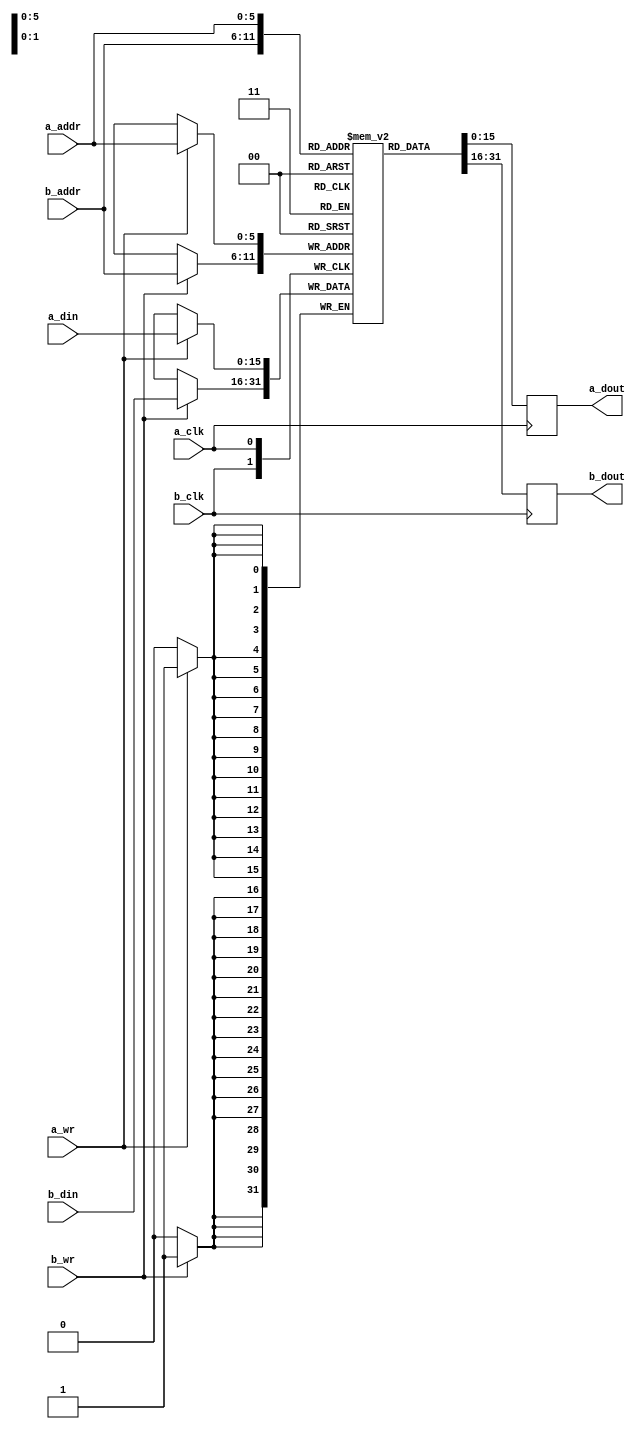
module tdp_ram_16_6
  (input  a_clk,
   input  a_wr,
   input  [5:0] a_addr,
   input  [15:0] a_din,
   input  b_clk,
   input  b_wr,
   input  [5:0] b_addr,
   input  [15:0] b_din,
   output [15:0] a_dout,
   output [15:0] b_dout);
  reg [15:0] n431_data; // mem_rd
  reg [15:0] n434_data; // mem_rd
  assign a_dout = n434_data;
  assign b_dout = n431_data;
  /* mem/tdp_ram.vhd:57:5  */
  reg [15:0] mem[63:0] ; // memory
  initial begin
    mem[63] = 16'b0000000000000000;
    mem[62] = 16'b0000000000000000;
    mem[61] = 16'b0000000000000000;
    mem[60] = 16'b0000000000000000;
    mem[59] = 16'b0000000000000000;
    mem[58] = 16'b0000000000000000;
    mem[57] = 16'b0000000000000000;
    mem[56] = 16'b0000000000000000;
    mem[55] = 16'b0000000000000000;
    mem[54] = 16'b0000000000000000;
    mem[53] = 16'b0000000000000000;
    mem[52] = 16'b0000000000000000;
    mem[51] = 16'b0000000000000000;
    mem[50] = 16'b0000000000000000;
    mem[49] = 16'b0000000000000000;
    mem[48] = 16'b0000000000000000;
    mem[47] = 16'b0000000000000000;
    mem[46] = 16'b0000000000000000;
    mem[45] = 16'b0000000000000000;
    mem[44] = 16'b0000000000000000;
    mem[43] = 16'b0000000000000000;
    mem[42] = 16'b0000000000000000;
    mem[41] = 16'b0000000000000000;
    mem[40] = 16'b0000000000000000;
    mem[39] = 16'b0000000000000000;
    mem[38] = 16'b0000000000000000;
    mem[37] = 16'b0000000000000000;
    mem[36] = 16'b0000000000000000;
    mem[35] = 16'b0000000000000000;
    mem[34] = 16'b0000000000000000;
    mem[33] = 16'b0000000000000000;
    mem[32] = 16'b0000000000000000;
    mem[31] = 16'b0000000000000000;
    mem[30] = 16'b0000000000000000;
    mem[29] = 16'b0000000000000000;
    mem[28] = 16'b0000000000000000;
    mem[27] = 16'b0000000000000000;
    mem[26] = 16'b0000000000000000;
    mem[25] = 16'b0000000000000000;
    mem[24] = 16'b0000000000000000;
    mem[23] = 16'b0000000000000000;
    mem[22] = 16'b0000000000000000;
    mem[21] = 16'b0000000000000000;
    mem[20] = 16'b0000000000000000;
    mem[19] = 16'b0000000000000000;
    mem[18] = 16'b0000000000000000;
    mem[17] = 16'b0000000000000000;
    mem[16] = 16'b0000000000000000;
    mem[15] = 16'b0000000000000000;
    mem[14] = 16'b0000000000000000;
    mem[13] = 16'b0000000000000000;
    mem[12] = 16'b0000000000000000;
    mem[11] = 16'b0000000000000000;
    mem[10] = 16'b0000000000000000;
    mem[9] = 16'b0000000000000000;
    mem[8] = 16'b0000000000000000;
    mem[7] = 16'b0000000000000000;
    mem[6] = 16'b0000000000000000;
    mem[5] = 16'b0000000000000000;
    mem[4] = 16'b0000000000000000;
    mem[3] = 16'b0000000000000000;
    mem[2] = 16'b0000000000000000;
    mem[1] = 16'b0000000000000000;
    mem[0] = 16'b0000000000000000;
    end
  always @(posedge b_clk)
    if (b_wr)
      mem[b_addr] <= b_din;
  always @(posedge b_clk)
    if (1'b1)
      n431_data <= mem[b_addr];
  always @(posedge a_clk)
    if (a_wr)
      mem[a_addr] <= a_din;
  always @(posedge a_clk)
    if (1'b1)
      n434_data <= mem[a_addr];
  /* mem/tdp_ram.vhd:104:17  */
  /* mem/tdp_ram.vhd:88:17  */
  /* mem/tdp_ram.vhd:103:9  */
endmodule

module tdp_ram_29_6
  (input  a_clk,
   input  a_wr,
   input  [5:0] a_addr,
   input  [28:0] a_din,
   input  b_clk,
   input  b_wr,
   input  [5:0] b_addr,
   input  [28:0] b_din,
   output [28:0] a_dout,
   output [28:0] b_dout);
  reg [28:0] n392_data; // mem_rd
  reg [28:0] n395_data; // mem_rd
  assign a_dout = n395_data;
  assign b_dout = n392_data;
  /* mem/tdp_ram.vhd:57:5  */
  reg [28:0] mem[63:0] ; // memory
  initial begin
    mem[63] = 29'b00000000000000000000000000000;
    mem[62] = 29'b00000000000000000000000000000;
    mem[61] = 29'b00000000000000000000000000000;
    mem[60] = 29'b00000000000000000000000000000;
    mem[59] = 29'b00000000000000000000000000000;
    mem[58] = 29'b00000000000000000000000000000;
    mem[57] = 29'b00000000000000000000000000000;
    mem[56] = 29'b00000000000000000000000000000;
    mem[55] = 29'b00000000000000000000000000000;
    mem[54] = 29'b00000000000000000000000000000;
    mem[53] = 29'b00000000000000000000000000000;
    mem[52] = 29'b00000000000000000000000000000;
    mem[51] = 29'b00000000000000000000000000000;
    mem[50] = 29'b00000000000000000000000000000;
    mem[49] = 29'b00000000000000000000000000000;
    mem[48] = 29'b00000000000000000000000000000;
    mem[47] = 29'b00000000000000000000000000000;
    mem[46] = 29'b00000000000000000000000000000;
    mem[45] = 29'b00000000000000000000000000000;
    mem[44] = 29'b00000000000000000000000000000;
    mem[43] = 29'b00000000000000000000000000000;
    mem[42] = 29'b00000000000000000000000000000;
    mem[41] = 29'b00000000000000000000000000000;
    mem[40] = 29'b00000000000000000000000000000;
    mem[39] = 29'b00000000000000000000000000000;
    mem[38] = 29'b00000000000000000000000000000;
    mem[37] = 29'b00000000000000000000000000000;
    mem[36] = 29'b00000000000000000000000000000;
    mem[35] = 29'b00000000000000000000000000000;
    mem[34] = 29'b00000000000000000000000000000;
    mem[33] = 29'b00000000000000000000000000000;
    mem[32] = 29'b00000000000000000000000000000;
    mem[31] = 29'b00000000000000000000000000000;
    mem[30] = 29'b00000000000000000000000000000;
    mem[29] = 29'b00000000000000000000000000000;
    mem[28] = 29'b00000000000000000000000000000;
    mem[27] = 29'b00000000000000000000000000000;
    mem[26] = 29'b00000000000000000000000000000;
    mem[25] = 29'b00000000000000000000000000000;
    mem[24] = 29'b00000000000000000000000000000;
    mem[23] = 29'b00000000000000000000000000000;
    mem[22] = 29'b00000000000000000000000000000;
    mem[21] = 29'b00000000000000000000000000000;
    mem[20] = 29'b00000000000000000000000000000;
    mem[19] = 29'b00000000000000000000000000000;
    mem[18] = 29'b00000000000000000000000000000;
    mem[17] = 29'b00000000000000000000000000000;
    mem[16] = 29'b00000000000000000000000000000;
    mem[15] = 29'b00000000000000000000000000000;
    mem[14] = 29'b00000000000000000000000000000;
    mem[13] = 29'b00000000000000000000000000000;
    mem[12] = 29'b00000000000000000000000000000;
    mem[11] = 29'b00000000000000000000000000000;
    mem[10] = 29'b00000000000000000000000000000;
    mem[9] = 29'b00000000000000000000000000000;
    mem[8] = 29'b00000000000000000000000000000;
    mem[7] = 29'b00000000000000000000000000000;
    mem[6] = 29'b00000000000000000000000000000;
    mem[5] = 29'b00000000000000000000000000000;
    mem[4] = 29'b00000000000000000000000000000;
    mem[3] = 29'b00000000000000000000000000000;
    mem[2] = 29'b00000000000000000000000000000;
    mem[1] = 29'b00000000000000000000000000000;
    mem[0] = 29'b00000000000000000000000000000;
    end
  always @(posedge b_clk)
    if (b_wr)
      mem[b_addr] <= b_din;
  always @(posedge b_clk)
    if (1'b1)
      n392_data <= mem[b_addr];
  always @(posedge a_clk)
    if (a_wr)
      mem[a_addr] <= a_din;
  always @(posedge a_clk)
    if (1'b1)
      n395_data <= mem[a_addr];
  /* mem/tdp_ram.vhd:104:17  */
  /* mem/tdp_ram.vhd:88:17  */
  /* mem/tdp_ram.vhd:103:9  */
endmodule

module packet_manager
  (input  clk,
   input  reset,
   input  [13:0] config_addr,
   input  config_en,
   input  config_wr,
   input  [31:0] config_wdata,
   input  sel,
   input  [63:0] spm_slv_rdata,
   input  spm_slv_error,
   input  [5:0] dma_num,
   input  dma_en,
   input  [15:0] route,
   input  mc,
   input  [1:0] mc_idx,
   input  [1:0] mc_p,
   input  [3:0] pkt_len,
   output [31:0] config_slv_rdata,
   output config_slv_error,
   output [13:0] spm_addr,
   output [1:0] spm_en,
   output spm_wr,
   output [63:0] spm_wdata,
   output [34:0] pkt_out);
  wire [47:0] n0_o;
  wire [31:0] n2_o;
  wire n3_o;
  wire [13:0] n5_o;
  wire [1:0] n6_o;
  wire n7_o;
  wire [63:0] n8_o;
  wire [64:0] n9_o;
  wire [2:0] state;
  wire [2:0] next_state;
  wire [44:0] dmatbl_data;
  wire [13:0] count_reg;
  wire [13:0] count_next;
  wire [1:0] pkt_type;
  wire dma_en_reg;
  wire [13:0] read_ptr_reg;
  wire [13:0] read_ptr_next;
  wire hi_lo_next;
  wire hi_lo_reg;
  wire port_b_wr;
  wire [5:0] port_b_addr;
  wire [44:0] port_b_din;
  wire [44:0] port_b_dout;
  wire [5:0] dma_num_reg;
  wire dma_update_en;
  wire [5:0] dma_update_addr;
  wire [44:0] dma_update_data;
  wire port_a_wr_hi;
  wire port_a_wr_lo;
  wire [5:0] port_a_addr;
  wire [44:0] port_a_din;
  wire [44:0] port_a_dout;
  wire config_slv_error_next;
  wire [3:0] pkt_len_reg;
  wire [3:0] pkt_len_next;
  wire [15:0] route_reg;
  wire [31:0] payload_data;
  wire [31:0] payload_data_next;
  wire [13:0] n17_o;
  wire [3:0] n18_o;
  wire [1:0] n19_o;
  wire n21_o;
  wire [1:0] n23_o;
  wire [4:0] n25_o;
  wire [7:0] n27_o;
  wire [18:0] n29_o;
  wire [34:0] n30_o;
  wire n31_o;
  wire [13:0] n33_o;
  wire [13:0] n34_o;
  wire [13:0] n35_o;
  wire [13:0] n37_o;
  wire [13:0] n38_o;
  wire [13:0] n39_o;
  wire n40_o;
  wire [1:0] n41_o;
  wire n43_o;
  wire [1:0] n45_o;
  wire n47_o;
  wire n48_o;
  wire [13:0] n49_o;
  wire [13:0] n50_o;
  wire [13:0] n51_o;
  wire [13:0] n52_o;
  wire [13:0] n53_o;
  wire [13:0] n54_o;
  wire [13:0] n55_o;
  wire [13:0] n56_o;
  wire [13:0] n57_o;
  wire [1:0] n58_o;
  wire n60_o;
  wire [3:0] n61_o;
  wire [3:0] n62_o;
  wire [3:0] n63_o;
  wire [9:0] n64_o;
  wire [3:0] n66_o;
  wire [4:0] n68_o;
  wire [13:0] n69_o;
  wire [18:0] n70_o;
  wire [34:0] n71_o;
  wire [15:0] n72_o;
  wire [15:0] n73_o;
  wire [15:0] n74_o;
  wire [34:0] n76_o;
  wire [2:0] n78_o;
  wire [13:0] n79_o;
  wire n80_o;
  wire [13:0] n81_o;
  wire n84_o;
  wire [13:0] n85_o;
  wire [28:0] n86_o;
  wire [13:0] n87_o;
  wire [13:0] n88_o;
  wire [27:0] n89_o;
  wire [28:0] n90_o;
  wire [28:0] n91_o;
  wire [3:0] n92_o;
  wire [15:0] n93_o;
  wire [15:0] n94_o;
  wire [34:0] n95_o;
  wire [2:0] n97_o;
  wire [13:0] n98_o;
  wire [1:0] n99_o;
  wire [13:0] n100_o;
  wire n102_o;
  wire [13:0] n103_o;
  wire [13:0] n104_o;
  wire [27:0] n105_o;
  wire [28:0] n106_o;
  wire [28:0] n107_o;
  wire [3:0] n108_o;
  wire [1:0] n110_o;
  wire [1:0] n112_o;
  wire [15:0] n113_o;
  wire [15:0] n114_o;
  wire [34:0] n116_o;
  wire [2:0] n117_o;
  wire [13:0] n118_o;
  wire [1:0] n119_o;
  wire [13:0] n120_o;
  wire n122_o;
  wire [13:0] n123_o;
  wire [13:0] n124_o;
  wire [27:0] n125_o;
  wire [28:0] n126_o;
  wire [28:0] n127_o;
  wire [3:0] n128_o;
  wire [1:0] n130_o;
  wire [1:0] n132_o;
  wire n134_o;
  wire [31:0] n135_o;
  wire [3:0] n137_o;
  wire [13:0] n139_o;
  wire n141_o;
  wire n143_o;
  wire n144_o;
  wire [31:0] n145_o;
  wire [34:0] n147_o;
  wire [13:0] n149_o;
  wire [31:0] n150_o;
  wire [34:0] n152_o;
  wire [34:0] n153_o;
  wire [2:0] n156_o;
  wire [13:0] n157_o;
  wire n159_o;
  wire [3:0] n161_o;
  wire [13:0] n163_o;
  wire n165_o;
  wire n167_o;
  wire n168_o;
  wire [34:0] n170_o;
  wire [13:0] n173_o;
  wire [34:0] n175_o;
  wire [15:0] n176_o;
  wire [15:0] n177_o;
  wire [15:0] n178_o;
  wire [34:0] n179_o;
  wire [2:0] n182_o;
  wire [13:0] n183_o;
  wire n185_o;
  wire [34:0] n187_o;
  wire n189_o;
  wire [34:0] n191_o;
  wire n193_o;
  wire [4:0] n194_o;
  wire [15:0] n195_o;
  reg [15:0] n197_o;
  reg [34:0] n199_o;
  reg [2:0] n204_o;
  reg [13:0] n206_o;
  reg [1:0] n208_o;
  reg [13:0] n210_o;
  reg n213_o;
  wire [13:0] n215_o;
  reg [13:0] n217_o;
  wire [27:0] n218_o;
  wire [28:0] n219_o;
  reg [28:0] n221_o;
  wire [1:0] n223_o;
  reg [3:0] n225_o;
  wire [1:0] n226_o;
  reg [1:0] n229_o;
  wire [13:0] n230_o;
  reg [13:0] n233_o;
  wire [1:0] n234_o;
  reg [1:0] n237_o;
  wire [13:0] n238_o;
  reg [13:0] n241_o;
  wire [5:0] n248_o;
  localparam [31:0] n249_o = 32'b00000000000000000000000000000000;
  wire n250_o;
  wire [27:0] n251_o;
  wire [15:0] n252_o;
  wire n253_o;
  wire n254_o;
  wire n255_o;
  wire n256_o;
  wire n257_o;
  wire n258_o;
  wire n259_o;
  wire n261_o;
  wire n263_o;
  wire n266_o;
  wire n268_o;
  wire n269_o;
  wire [27:0] n270_o;
  wire [15:0] n271_o;
  wire [15:0] n272_o;
  wire [15:0] n273_o;
  wire [11:0] n274_o;
  wire [11:0] n275_o;
  wire [11:0] n276_o;
  wire n277_o;
  wire n278_o;
  wire [2:0] n281_o;
  wire n285_o;
  wire [5:0] n286_o;
  wire [28:0] dmatbl1_a_dout;
  wire [28:0] dmatbl1_b_dout;
  wire [28:0] n288_o;
  wire [28:0] n290_o;
  wire [15:0] dmatbl2_a_dout;
  wire [15:0] dmatbl2_b_dout;
  wire [15:0] n292_o;
  wire [15:0] n294_o;
  wire [3:0] n297_o;
  wire n299_o;
  wire n300_o;
  wire n303_o;
  wire n309_o;
  reg n312_q;
  wire n316_o;
  reg n319_q;
  wire n323_o;
  reg n327_q;
  wire [2:0] n331_o;
  reg [2:0] n334_q;
  reg [13:0] n344_q;
  reg [13:0] n345_q;
  reg [5:0] n346_q;
  reg [3:0] n347_q;
  reg [15:0] n348_q;
  reg [31:0] n349_q;
  wire [44:0] n350_o;
  wire [44:0] n351_o;
  wire [44:0] n352_o;
  wire [44:0] n353_o;
  wire [31:0] n354_o;
  wire [32:0] n355_o;
  wire [80:0] n356_o;
  assign config_slv_rdata = n2_o;
  assign config_slv_error = n3_o;
  assign spm_addr = n5_o;
  assign spm_en = n6_o;
  assign spm_wr = n7_o;
  assign spm_wdata = n8_o;
  assign pkt_out = n199_o;
  assign n0_o = {config_wdata, config_wr, config_en, config_addr};
  assign n2_o = n355_o[31:0];
  assign n3_o = n355_o[32];
  assign n5_o = n356_o[13:0];
  assign n6_o = n356_o[15:14];
  assign n7_o = n356_o[16];
  assign n8_o = n356_o[80:17];
  assign n9_o = {spm_slv_error, spm_slv_rdata};
  /* ni/packet_manager.vhd:78:8  */
  assign state = n334_q; // (signal)
  /* ni/packet_manager.vhd:78:15  */
  assign next_state = n204_o; // (signal)
  /* ni/packet_manager.vhd:83:8  */
  assign dmatbl_data = port_b_dout; // (signal)
  /* ni/packet_manager.vhd:94:8  */
  assign count_reg = n344_q; // (signal)
  /* ni/packet_manager.vhd:94:19  */
  assign count_next = n206_o; // (signal)
  /* ni/packet_manager.vhd:101:8  */
  assign pkt_type = n208_o; // (signal)
  /* ni/packet_manager.vhd:103:8  */
  assign dma_en_reg = n312_q; // (signal)
  /* ni/packet_manager.vhd:105:8  */
  assign read_ptr_reg = n345_q; // (signal)
  /* ni/packet_manager.vhd:105:22  */
  assign read_ptr_next = n210_o; // (signal)
  /* ni/packet_manager.vhd:107:8  */
  assign hi_lo_next = n268_o; // (signal)
  /* ni/packet_manager.vhd:108:8  */
  assign hi_lo_reg = n319_q; // (signal)
  /* ni/packet_manager.vhd:110:8  */
  assign port_b_wr = n285_o; // (signal)
  /* ni/packet_manager.vhd:111:8  */
  assign port_b_addr = n286_o; // (signal)
  /* ni/packet_manager.vhd:112:8  */
  assign port_b_din = dma_update_data; // (signal)
  /* ni/packet_manager.vhd:113:8  */
  assign port_b_dout = n350_o; // (signal)
  /* ni/packet_manager.vhd:115:8  */
  assign dma_num_reg = n346_q; // (signal)
  /* ni/packet_manager.vhd:116:8  */
  assign dma_update_en = n213_o; // (signal)
  /* ni/packet_manager.vhd:117:8  */
  assign dma_update_addr = dma_num_reg; // (signal)
  /* ni/packet_manager.vhd:118:8  */
  assign dma_update_data = n351_o; // (signal)
  /* ni/packet_manager.vhd:131:8  */
  assign port_a_wr_hi = n263_o; // (signal)
  /* ni/packet_manager.vhd:132:8  */
  assign port_a_wr_lo = n266_o; // (signal)
  /* ni/packet_manager.vhd:133:8  */
  assign port_a_addr = n248_o; // (signal)
  /* ni/packet_manager.vhd:134:8  */
  assign port_a_din = n352_o; // (signal)
  /* ni/packet_manager.vhd:135:8  */
  assign port_a_dout = n353_o; // (signal)
  /* ni/packet_manager.vhd:137:8  */
  assign config_slv_error_next = n303_o; // (signal)
  /* ni/packet_manager.vhd:139:8  */
  assign pkt_len_reg = n347_q; // (signal)
  /* ni/packet_manager.vhd:139:21  */
  assign pkt_len_next = n225_o; // (signal)
  /* ni/packet_manager.vhd:141:8  */
  assign route_reg = n348_q; // (signal)
  /* ni/packet_manager.vhd:147:8  */
  assign payload_data = n349_q; // (signal)
  /* ni/packet_manager.vhd:147:22  */
  assign payload_data_next = n354_o; // (signal)
  assign n17_o = dmatbl_data[29:16];
  /* ni/packet_manager.vhd:167:3  */
  assign n18_o = dma_en ? pkt_len : pkt_len_reg;
  assign n19_o = dmatbl_data[15:14];
  /* ni/packet_manager.vhd:179:26  */
  assign n21_o = $unsigned(pkt_len_reg) >= $unsigned(4'b0001);
  /* ni/packet_manager.vhd:179:11  */
  assign n23_o = n21_o ? 2'b01 : n19_o;
  /* ni/packet_manager.vhd:182:49  */
  assign n25_o = {3'b110, pkt_type};
  /* ni/packet_manager.vhd:182:60  */
  assign n27_o = {n25_o, 3'b011};
  /* ni/packet_manager.vhd:182:70  */
  assign n29_o = {n27_o, 11'b00000000000};
  /* ni/packet_manager.vhd:182:103  */
  assign n30_o = {n29_o, route_reg};
  assign n31_o = dmatbl_data[44];
  assign n33_o = dmatbl_data[29:16];
  assign n34_o = dmatbl_data[29:16];
  assign n35_o = dmatbl_data[43:30];
  /* ni/packet_manager.vhd:191:30  */
  assign n37_o = n35_o - 14'b00000000000001;
  assign n38_o = dmatbl_data[43:30];
  /* ni/packet_manager.vhd:192:20  */
  assign n39_o = {10'b0, pkt_len_reg};  //  uext
  /* ni/packet_manager.vhd:192:20  */
  assign n40_o = $unsigned(n38_o) > $unsigned(n39_o);
  assign n41_o = dmatbl_data[15:14];
  /* ni/packet_manager.vhd:193:29  */
  assign n43_o = n41_o == 2'b10;
  /* ni/packet_manager.vhd:185:9  */
  assign n45_o = n80_o ? 2'b00 : n19_o;
  /* ni/packet_manager.vhd:192:11  */
  assign n47_o = n40_o & n43_o;
  /* ni/packet_manager.vhd:192:11  */
  assign n48_o = n40_o ? 1'b1 : 1'b0;
  /* ni/packet_manager.vhd:199:43  */
  assign n49_o = dmatbl_data[13:0];
  /* ni/packet_manager.vhd:199:68  */
  assign n50_o = {10'b0, pkt_len_reg};  //  uext
  /* ni/packet_manager.vhd:199:68  */
  assign n51_o = n49_o + n50_o;
  assign n52_o = dmatbl_data[29:16];
  /* ni/packet_manager.vhd:200:39  */
  assign n53_o = {10'b0, pkt_len_reg};  //  uext
  /* ni/packet_manager.vhd:200:39  */
  assign n54_o = n52_o + n53_o;
  assign n55_o = dmatbl_data[43:30];
  /* ni/packet_manager.vhd:201:33  */
  assign n56_o = {10'b0, pkt_len_reg};  //  uext
  /* ni/packet_manager.vhd:201:33  */
  assign n57_o = n55_o - n56_o;
  assign n58_o = dmatbl_data[15:14];
  /* ni/packet_manager.vhd:202:27  */
  assign n60_o = n58_o == 2'b01;
  /* ni/packet_manager.vhd:205:43  */
  assign n61_o = dmatbl_data[13:10];
  assign n62_o = n51_o[13:10];
  /* ni/packet_manager.vhd:202:11  */
  assign n63_o = n60_o ? n61_o : n62_o;
  assign n64_o = n51_o[9:0];
  /* ni/packet_manager.vhd:207:39  */
  assign n66_o = pkt_len_reg - 4'b0001;
  /* ni/packet_manager.vhd:208:49  */
  assign n68_o = {3'b110, pkt_type};
  /* ni/packet_manager.vhd:208:68  */
  assign n69_o = dmatbl_data[13:0];
  /* ni/packet_manager.vhd:208:60  */
  assign n70_o = {n68_o, n69_o};
  /* ni/packet_manager.vhd:208:93  */
  assign n71_o = {n70_o, route_reg};
  assign n72_o = {2'b11, n33_o};
  assign n73_o = {2'b00, n17_o};
  /* ni/packet_manager.vhd:185:9  */
  assign n74_o = n31_o ? n72_o : n73_o;
  /* ni/packet_manager.vhd:185:9  */
  assign n76_o = n31_o ? n71_o : 35'b00000000000000000000000000000000000;
  /* ni/packet_manager.vhd:185:9  */
  assign n78_o = n31_o ? 3'b001 : state;
  /* ni/packet_manager.vhd:185:9  */
  assign n79_o = n31_o ? n37_o : count_reg;
  /* ni/packet_manager.vhd:185:9  */
  assign n80_o = n31_o & n47_o;
  /* ni/packet_manager.vhd:185:9  */
  assign n81_o = n31_o ? n34_o : read_ptr_reg;
  /* ni/packet_manager.vhd:185:9  */
  assign n84_o = n31_o ? 1'b1 : 1'b0;
  assign n85_o = {n63_o, n64_o};
  assign n86_o = {n48_o, n57_o, n54_o};
  assign n87_o = dmatbl_data[13:0];
  /* ni/packet_manager.vhd:185:9  */
  assign n88_o = n31_o ? n85_o : n87_o;
  assign n89_o = dmatbl_data[43:16];
  assign n90_o = {1'b0, n89_o};
  /* ni/packet_manager.vhd:185:9  */
  assign n91_o = n31_o ? n86_o : n90_o;
  /* ni/packet_manager.vhd:185:9  */
  assign n92_o = n31_o ? n66_o : n18_o;
  assign n93_o = {2'b00, n17_o};
  /* ni/packet_manager.vhd:177:9  */
  assign n94_o = mc ? n93_o : n74_o;
  /* ni/packet_manager.vhd:177:9  */
  assign n95_o = mc ? n30_o : n76_o;
  /* ni/packet_manager.vhd:177:9  */
  assign n97_o = mc ? 3'b011 : n78_o;
  /* ni/packet_manager.vhd:177:9  */
  assign n98_o = mc ? count_reg : n79_o;
  /* ni/packet_manager.vhd:177:9  */
  assign n99_o = mc ? n23_o : n45_o;
  /* ni/packet_manager.vhd:177:9  */
  assign n100_o = mc ? read_ptr_reg : n81_o;
  /* ni/packet_manager.vhd:177:9  */
  assign n102_o = mc ? 1'b0 : n84_o;
  assign n103_o = dmatbl_data[13:0];
  /* ni/packet_manager.vhd:177:9  */
  assign n104_o = mc ? n103_o : n88_o;
  assign n105_o = dmatbl_data[43:16];
  assign n106_o = {1'b0, n105_o};
  /* ni/packet_manager.vhd:177:9  */
  assign n107_o = mc ? n106_o : n91_o;
  /* ni/packet_manager.vhd:177:9  */
  assign n108_o = mc ? n18_o : n92_o;
  /* ni/packet_manager.vhd:177:9  */
  assign n110_o = mc ? mc_idx : 2'b00;
  /* ni/packet_manager.vhd:177:9  */
  assign n112_o = mc ? mc_p : 2'b00;
  assign n113_o = {2'b00, n17_o};
  /* ni/packet_manager.vhd:176:7  */
  assign n114_o = dma_en_reg ? n94_o : n113_o;
  /* ni/packet_manager.vhd:176:7  */
  assign n116_o = dma_en_reg ? n95_o : 35'b00000000000000000000000000000000000;
  /* ni/packet_manager.vhd:176:7  */
  assign n117_o = dma_en_reg ? n97_o : state;
  /* ni/packet_manager.vhd:176:7  */
  assign n118_o = dma_en_reg ? n98_o : count_reg;
  /* ni/packet_manager.vhd:176:7  */
  assign n119_o = dma_en_reg ? n99_o : n19_o;
  /* ni/packet_manager.vhd:176:7  */
  assign n120_o = dma_en_reg ? n100_o : read_ptr_reg;
  /* ni/packet_manager.vhd:176:7  */
  assign n122_o = dma_en_reg ? n102_o : 1'b0;
  assign n123_o = dmatbl_data[13:0];
  /* ni/packet_manager.vhd:176:7  */
  assign n124_o = dma_en_reg ? n104_o : n123_o;
  assign n125_o = dmatbl_data[43:16];
  assign n126_o = {1'b0, n125_o};
  /* ni/packet_manager.vhd:176:7  */
  assign n127_o = dma_en_reg ? n107_o : n126_o;
  /* ni/packet_manager.vhd:176:7  */
  assign n128_o = dma_en_reg ? n108_o : n18_o;
  /* ni/packet_manager.vhd:176:7  */
  assign n130_o = dma_en_reg ? n110_o : 2'b00;
  /* ni/packet_manager.vhd:176:7  */
  assign n132_o = dma_en_reg ? n112_o : 2'b00;
  /* ni/packet_manager.vhd:175:5  */
  assign n134_o = state == 3'b000;
  /* ni/packet_manager.vhd:213:41  */
  assign n135_o = n9_o[31:0];
  /* ni/packet_manager.vhd:214:35  */
  assign n137_o = pkt_len_reg - 4'b0001;
  /* ni/packet_manager.vhd:215:31  */
  assign n139_o = count_reg - 14'b00000000000001;
  /* ni/packet_manager.vhd:216:22  */
  assign n141_o = $unsigned(pkt_len_reg) > $unsigned(4'b0000);
  /* ni/packet_manager.vhd:216:40  */
  assign n143_o = $unsigned(count_reg) > $unsigned(14'b00000000000000);
  /* ni/packet_manager.vhd:216:26  */
  assign n144_o = n141_o & n143_o;
  /* ni/packet_manager.vhd:218:58  */
  assign n145_o = n9_o[63:32];
  /* ni/packet_manager.vhd:218:43  */
  assign n147_o = {3'b100, n145_o};
  /* ni/packet_manager.vhd:219:39  */
  assign n149_o = read_ptr_reg + 14'b00000000000001;
  /* ni/packet_manager.vhd:222:62  */
  assign n150_o = n9_o[63:32];
  /* ni/packet_manager.vhd:222:47  */
  assign n152_o = {3'b101, n150_o};
  /* ni/packet_manager.vhd:216:7  */
  assign n153_o = n144_o ? n147_o : n152_o;
  /* ni/packet_manager.vhd:216:7  */
  assign n156_o = n144_o ? 3'b010 : 3'b000;
  /* ni/packet_manager.vhd:216:7  */
  assign n157_o = n144_o ? n149_o : read_ptr_reg;
  /* ni/packet_manager.vhd:212:5  */
  assign n159_o = state == 3'b001;
  /* ni/packet_manager.vhd:226:35  */
  assign n161_o = pkt_len_reg - 4'b0001;
  /* ni/packet_manager.vhd:227:31  */
  assign n163_o = count_reg - 14'b00000000000001;
  /* ni/packet_manager.vhd:228:22  */
  assign n165_o = $unsigned(pkt_len_reg) > $unsigned(4'b0000);
  /* ni/packet_manager.vhd:228:40  */
  assign n167_o = $unsigned(count_reg) > $unsigned(14'b00000000000000);
  /* ni/packet_manager.vhd:228:26  */
  assign n168_o = n165_o & n167_o;
  /* ni/packet_manager.vhd:230:43  */
  assign n170_o = {3'b100, payload_data};
  /* ni/packet_manager.vhd:232:39  */
  assign n173_o = read_ptr_reg + 14'b00000000000001;
  /* ni/packet_manager.vhd:238:47  */
  assign n175_o = {3'b101, payload_data};
  assign n176_o = {2'b11, read_ptr_next};
  assign n177_o = {2'b00, n17_o};
  /* ni/packet_manager.vhd:228:7  */
  assign n178_o = n168_o ? n176_o : n177_o;
  /* ni/packet_manager.vhd:228:7  */
  assign n179_o = n168_o ? n170_o : n175_o;
  /* ni/packet_manager.vhd:228:7  */
  assign n182_o = n168_o ? 3'b001 : 3'b000;
  /* ni/packet_manager.vhd:228:7  */
  assign n183_o = n168_o ? n173_o : read_ptr_reg;
  /* ni/packet_manager.vhd:225:5  */
  assign n185_o = state == 3'b010;
  /* ni/packet_manager.vhd:243:41  */
  assign n187_o = {3'b100, payload_data};
  /* ni/packet_manager.vhd:241:5  */
  assign n189_o = state == 3'b011;
  /* ni/packet_manager.vhd:247:45  */
  assign n191_o = {3'b101, payload_data};
  /* ni/packet_manager.vhd:245:5  */
  assign n193_o = state == 3'b100;
  assign n194_o = {n193_o, n189_o, n185_o, n159_o, n134_o};
  assign n195_o = {2'b00, n17_o};
  /* ni/packet_manager.vhd:174:3  */
  always @*
    case (n194_o)
      5'b10000: n197_o <= n195_o;
      5'b01000: n197_o <= n195_o;
      5'b00100: n197_o <= n178_o;
      5'b00010: n197_o <= n195_o;
      5'b00001: n197_o <= n114_o;
      default: n197_o <= 16'bX;
    endcase
  /* ni/packet_manager.vhd:174:3  */
  always @*
    case (n194_o)
      5'b10000: n199_o <= n191_o;
      5'b01000: n199_o <= n187_o;
      5'b00100: n199_o <= n179_o;
      5'b00010: n199_o <= n153_o;
      5'b00001: n199_o <= n116_o;
      default: n199_o <= 35'bX;
    endcase
  /* ni/packet_manager.vhd:174:3  */
  always @*
    case (n194_o)
      5'b10000: n204_o <= 3'b000;
      5'b01000: n204_o <= 3'b100;
      5'b00100: n204_o <= n182_o;
      5'b00010: n204_o <= n156_o;
      5'b00001: n204_o <= n117_o;
      default: n204_o <= 3'bX;
    endcase
  /* ni/packet_manager.vhd:174:3  */
  always @*
    case (n194_o)
      5'b10000: n206_o <= count_reg;
      5'b01000: n206_o <= count_reg;
      5'b00100: n206_o <= n163_o;
      5'b00010: n206_o <= n139_o;
      5'b00001: n206_o <= n118_o;
      default: n206_o <= 14'bX;
    endcase
  /* ni/packet_manager.vhd:174:3  */
  always @*
    case (n194_o)
      5'b10000: n208_o <= n19_o;
      5'b01000: n208_o <= n19_o;
      5'b00100: n208_o <= n19_o;
      5'b00010: n208_o <= n19_o;
      5'b00001: n208_o <= n119_o;
      default: n208_o <= 2'bX;
    endcase
  /* ni/packet_manager.vhd:174:3  */
  always @*
    case (n194_o)
      5'b10000: n210_o <= read_ptr_reg;
      5'b01000: n210_o <= read_ptr_reg;
      5'b00100: n210_o <= n183_o;
      5'b00010: n210_o <= n157_o;
      5'b00001: n210_o <= n120_o;
      default: n210_o <= 14'bX;
    endcase
  /* ni/packet_manager.vhd:174:3  */
  always @*
    case (n194_o)
      5'b10000: n213_o <= 1'b0;
      5'b01000: n213_o <= 1'b0;
      5'b00100: n213_o <= 1'b0;
      5'b00010: n213_o <= 1'b0;
      5'b00001: n213_o <= n122_o;
      default: n213_o <= 1'bX;
    endcase
  assign n215_o = dmatbl_data[13:0];
  /* ni/packet_manager.vhd:174:3  */
  always @*
    case (n194_o)
      5'b10000: n217_o <= n215_o;
      5'b01000: n217_o <= n215_o;
      5'b00100: n217_o <= n215_o;
      5'b00010: n217_o <= n215_o;
      5'b00001: n217_o <= n124_o;
      default: n217_o <= 14'bX;
    endcase
  assign n218_o = dmatbl_data[43:16];
  assign n219_o = {1'b0, n218_o};
  /* ni/packet_manager.vhd:174:3  */
  always @*
    case (n194_o)
      5'b10000: n221_o <= n219_o;
      5'b01000: n221_o <= n219_o;
      5'b00100: n221_o <= n219_o;
      5'b00010: n221_o <= n219_o;
      5'b00001: n221_o <= n127_o;
      default: n221_o <= 29'bX;
    endcase
  assign n223_o = dmatbl_data[15:14];
  /* ni/packet_manager.vhd:174:3  */
  always @*
    case (n194_o)
      5'b10000: n225_o <= n18_o;
      5'b01000: n225_o <= n18_o;
      5'b00100: n225_o <= n161_o;
      5'b00010: n225_o <= n137_o;
      5'b00001: n225_o <= n128_o;
      default: n225_o <= 4'bX;
    endcase
  assign n226_o = n135_o[1:0];
  /* ni/packet_manager.vhd:174:3  */
  always @*
    case (n194_o)
      5'b10000: n229_o <= 2'b00;
      5'b01000: n229_o <= 2'b00;
      5'b00100: n229_o <= 2'b00;
      5'b00010: n229_o <= n226_o;
      5'b00001: n229_o <= n130_o;
      default: n229_o <= 2'bX;
    endcase
  assign n230_o = n135_o[15:2];
  /* ni/packet_manager.vhd:174:3  */
  always @*
    case (n194_o)
      5'b10000: n233_o <= 14'b00000000000000;
      5'b01000: n233_o <= 14'b00000000000000;
      5'b00100: n233_o <= 14'b00000000000000;
      5'b00010: n233_o <= n230_o;
      5'b00001: n233_o <= 14'b00000000000000;
      default: n233_o <= 14'bX;
    endcase
  assign n234_o = n135_o[17:16];
  /* ni/packet_manager.vhd:174:3  */
  always @*
    case (n194_o)
      5'b10000: n237_o <= 2'b00;
      5'b01000: n237_o <= 2'b00;
      5'b00100: n237_o <= 2'b00;
      5'b00010: n237_o <= n234_o;
      5'b00001: n237_o <= n132_o;
      default: n237_o <= 2'bX;
    endcase
  assign n238_o = n135_o[31:18];
  /* ni/packet_manager.vhd:174:3  */
  always @*
    case (n194_o)
      5'b10000: n241_o <= 14'b00000000000000;
      5'b01000: n241_o <= 14'b00000000000000;
      5'b00100: n241_o <= 14'b00000000000000;
      5'b00010: n241_o <= n238_o;
      5'b00001: n241_o <= 14'b00000000000000;
      default: n241_o <= 14'bX;
    endcase
  /* ni/packet_manager.vhd:256:29  */
  assign n248_o = n0_o[6:1];
  /* ni/packet_manager.vhd:259:52  */
  assign n250_o = n0_o[47];
  /* ni/packet_manager.vhd:262:26  */
  assign n251_o = n0_o[43:16];
  /* ni/packet_manager.vhd:264:48  */
  assign n252_o = n0_o[31:16];
  /* ni/packet_manager.vhd:266:17  */
  assign n253_o = n0_o[0];
  /* ni/packet_manager.vhd:272:28  */
  assign n254_o = n0_o[15];
  /* ni/packet_manager.vhd:272:31  */
  assign n255_o = n254_o & sel;
  /* ni/packet_manager.vhd:273:20  */
  assign n256_o = n0_o[0];
  /* ni/packet_manager.vhd:273:24  */
  assign n257_o = ~n256_o;
  /* ni/packet_manager.vhd:277:28  */
  assign n258_o = n0_o[15];
  /* ni/packet_manager.vhd:277:31  */
  assign n259_o = n258_o & sel;
  /* ni/packet_manager.vhd:273:3  */
  assign n261_o = n257_o ? n259_o : 1'b0;
  /* ni/packet_manager.vhd:266:3  */
  assign n263_o = n253_o ? n255_o : 1'b0;
  /* ni/packet_manager.vhd:266:3  */
  assign n266_o = n253_o ? 1'b0 : n261_o;
  /* ni/packet_manager.vhd:280:28  */
  assign n268_o = n0_o[0];
  /* ni/packet_manager.vhd:282:50  */
  assign n269_o = port_a_dout[44];
  /* ni/packet_manager.vhd:284:32  */
  assign n270_o = port_a_dout[43:16];
  /* ni/packet_manager.vhd:287:48  */
  assign n271_o = port_a_dout[15:0];
  assign n272_o = n270_o[15:0];
  /* ni/packet_manager.vhd:281:3  */
  assign n273_o = hi_lo_reg ? n272_o : n271_o;
  assign n274_o = n270_o[27:16];
  assign n275_o = n249_o[27:16];
  /* ni/packet_manager.vhd:281:3  */
  assign n276_o = hi_lo_reg ? n274_o : n275_o;
  assign n277_o = n249_o[31];
  /* ni/packet_manager.vhd:281:3  */
  assign n278_o = hi_lo_reg ? n269_o : n277_o;
  assign n281_o = n249_o[30:28];
  /* ni/packet_manager.vhd:297:3  */
  assign n285_o = dma_en ? 1'b0 : dma_update_en;
  /* ni/packet_manager.vhd:297:3  */
  assign n286_o = dma_en ? dma_num : dma_update_addr;
  /* ni/packet_manager.vhd:308:1  */
  tdp_ram_29_6 dmatbl1 (
    .a_clk(clk),
    .a_wr(port_a_wr_hi),
    .a_addr(port_a_addr),
    .a_din(n288_o),
    .b_clk(clk),
    .b_wr(port_b_wr),
    .b_addr(port_b_addr),
    .b_din(n290_o),
    .a_dout(dmatbl1_a_dout),
    .b_dout(dmatbl1_b_dout));
  /* ni/packet_manager.vhd:317:26  */
  assign n288_o = port_a_din[44:16];
  /* ni/packet_manager.vhd:322:26  */
  assign n290_o = port_b_din[44:16];
  /* ni/packet_manager.vhd:327:3  */
  tdp_ram_16_6 dmatbl2 (
    .a_clk(clk),
    .a_wr(port_a_wr_lo),
    .a_addr(port_a_addr),
    .a_din(n292_o),
    .b_clk(clk),
    .b_wr(port_b_wr),
    .b_addr(port_b_addr),
    .b_din(n294_o),
    .a_dout(dmatbl2_a_dout),
    .b_dout(dmatbl2_b_dout));
  /* ni/packet_manager.vhd:336:26  */
  assign n292_o = port_a_din[15:0];
  /* ni/packet_manager.vhd:341:26  */
  assign n294_o = port_b_din[15:0];
  /* ni/packet_manager.vhd:348:31  */
  assign n297_o = n0_o[10:7];
  /* ni/packet_manager.vhd:348:77  */
  assign n299_o = n297_o != 4'b0000;
  /* ni/packet_manager.vhd:348:16  */
  assign n300_o = sel & n299_o;
  /* ni/packet_manager.vhd:348:3  */
  assign n303_o = n300_o ? 1'b1 : 1'b0;
  /* ni/packet_manager.vhd:357:5  */
  assign n309_o = reset ? 1'b0 : dma_en;
  /* ni/packet_manager.vhd:356:3  */
  always @(posedge clk)
    n312_q <= n309_o;
  /* ni/packet_manager.vhd:368:5  */
  assign n316_o = reset ? 1'b0 : hi_lo_next;
  /* ni/packet_manager.vhd:367:3  */
  always @(posedge clk)
    n319_q <= n316_o;
  /* ni/packet_manager.vhd:379:5  */
  assign n323_o = reset ? 1'b0 : config_slv_error_next;
  /* ni/packet_manager.vhd:378:3  */
  always @(posedge clk)
    n327_q <= n323_o;
  /* ni/packet_manager.vhd:390:5  */
  assign n331_o = reset ? 3'b000 : next_state;
  /* ni/packet_manager.vhd:389:3  */
  always @(posedge clk)
    n334_q <= n331_o;
  /* ni/packet_manager.vhd:401:3  */
  always @(posedge clk)
    n344_q <= count_next;
  /* ni/packet_manager.vhd:401:3  */
  always @(posedge clk)
    n345_q <= read_ptr_next;
  /* ni/packet_manager.vhd:401:3  */
  always @(posedge clk)
    n346_q <= dma_num;
  /* ni/packet_manager.vhd:401:3  */
  always @(posedge clk)
    n347_q <= pkt_len_next;
  /* ni/packet_manager.vhd:401:3  */
  always @(posedge clk)
    n348_q <= route;
  /* ni/packet_manager.vhd:401:3  */
  always @(posedge clk)
    n349_q <= payload_data_next;
  /* ni/packet_manager.vhd:401:3  */
  assign n350_o = {dmatbl1_b_dout, dmatbl2_b_dout};
  assign n351_o = {n221_o, n223_o, n217_o};
  assign n352_o = {n250_o, n251_o, n252_o};
  assign n353_o = {dmatbl1_a_dout, dmatbl2_a_dout};
  assign n354_o = {n241_o, n237_o, n233_o, n229_o};
  assign n355_o = {n327_q, n278_o, n281_o, n276_o, n273_o};
  assign n356_o = {64'b0000000000000000000000000000000000000000000000000000000000000000, 1'b0, n197_o};
endmodule